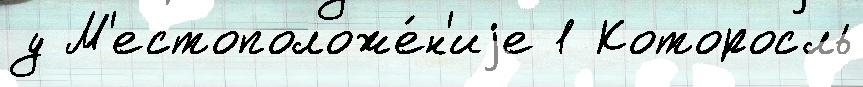
у М'естоположе́н'иjе 1 Которосль